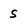
Character: s